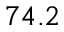
7 4 . 2